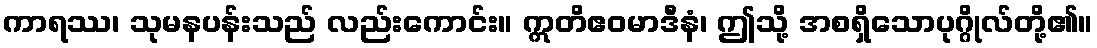
ကာရဿ၊ သုမနပန်းသည် လည်းကောင်း။ ဣတိဧဝမာဒီနံ၊ ဤသို့ အစရှိသောပုဂ္ဂိုလ်တို့၏။